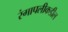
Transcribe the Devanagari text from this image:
रंगापलीकडील